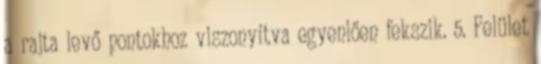
a rajta levő pontokhoz viszonyítva egyenlően fekszik. 5. Felület